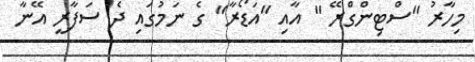
މިހާރު "ސްޓިންގްރޭ " އާއި "އަޑޯރާ" ގެ ނަމުގައި ދެ ސަފާރީ އޭނާ